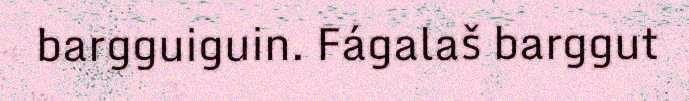
bargguiguin. Fágalaš barggut